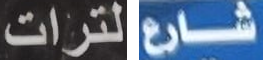
لترات شارع